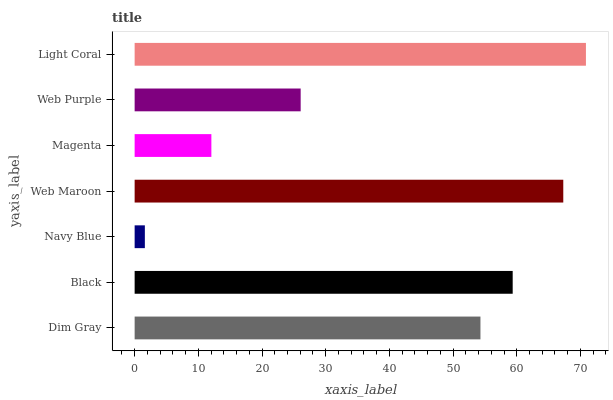
| yaxis_label | bars |
 | --- | --- |
 | Dim Gray | 54.3 |
 | Black | 59.4 |
 | Navy Blue | 1.61 |
 | Web Maroon | 67.3 |
 | Magenta | 12 |
 | Web Purple | 26.1 |
 | Light Coral | 70.9 |